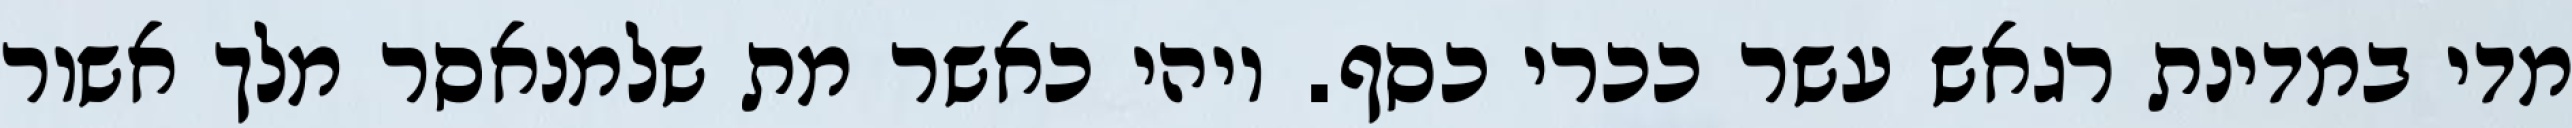
מדי במדינת רגאש עשר ככרי כסף. ויהי כאשר מת שלמנאסר מלך אשור